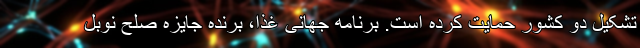
تشکیل دو کشور حمایت کرده است. برنامه جهانی غذا، برنده جایزه صلح نوبل